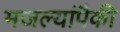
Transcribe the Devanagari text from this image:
मजल्यांपैकी